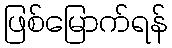
ဖြစ်မြောက်ရန်